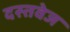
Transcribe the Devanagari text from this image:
दस्तवेज